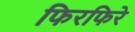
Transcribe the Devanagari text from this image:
फिरफिरे